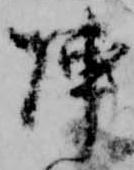
陣